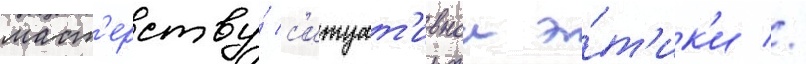
маст'ерству́ с'итуат'ивнои э́т'ик'и //